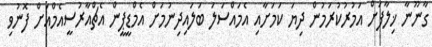
ގާނޫނާ ޚިލާފަށް އަމުރުކުރަމުން ދިޔަ ކަމަށާއި އެމައްސަލަ ބަލައިދިނުމަށް އެމްޑީޕީން އެޗްއާރުސީއެމްއަށް ފޮނުވި